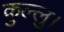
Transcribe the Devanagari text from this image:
कुल्‍लु।